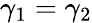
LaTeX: \gamma_{1}=\gamma_{2}